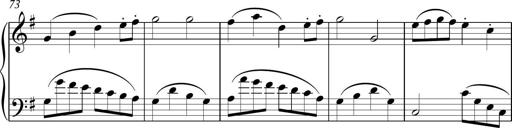
Title: Sonatina
Composer: Kemble Stout
Key: G major